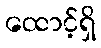
ထောင့်ရှိ